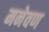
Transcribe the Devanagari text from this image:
मनेवण